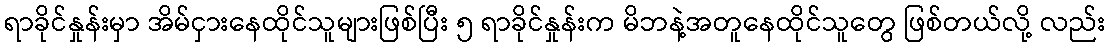
ရာခိုင်နှုန်းမှာ အိမ်ငှားနေထိုင်သူများဖြစ်ပြီး ၅ ရာခိုင်နှုန်းက မိဘနဲ့အတူနေထိုင်သူတွေ ဖြစ်တယ်လို့ လည်း